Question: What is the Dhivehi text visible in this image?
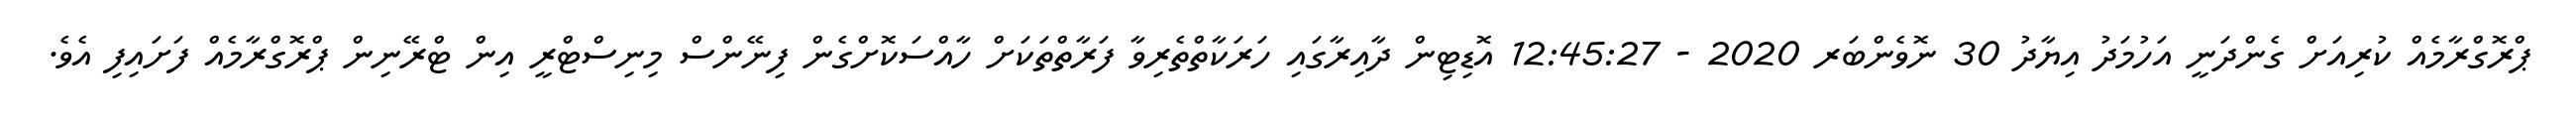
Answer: ޕްރޮގްރާމެއް ކުރިއަށް ގެންދަނީ އަހުމަދު އިޔާދު 30 ނޮވެންބަރ 2020 - 12:45:27 އޮޑިޓިން ދާއިރާގައި ހަރަކާތްތެރިވާ ފަރާތްތަކަށް ހާއްސަކޮށްގެން ފިނޭންސް މިނިސްޓްރީ އިން ޓްރޭނިން ޕްރޮގްރާމެއް ފަށައިފި އެވެ.